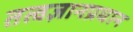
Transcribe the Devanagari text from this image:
तत्वज्ञानप्रधान